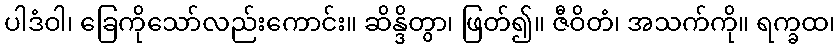
ပါဒံဝါ၊ ခြေကိုသော်လည်းကောင်း။ ဆိန္ဒိတွာ၊ ဖြတ်၍။ ဇီဝိတံ၊ အသက်ကို။ ရက္ခထ၊